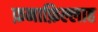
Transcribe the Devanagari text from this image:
फ़नाफ़िल्लाह